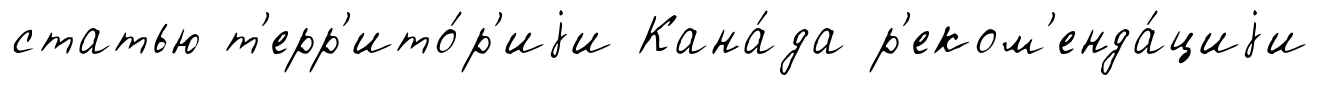
статью т'ерр'ито́р'иjи Кана́да р'еком'енда́циjи